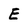
Character: E